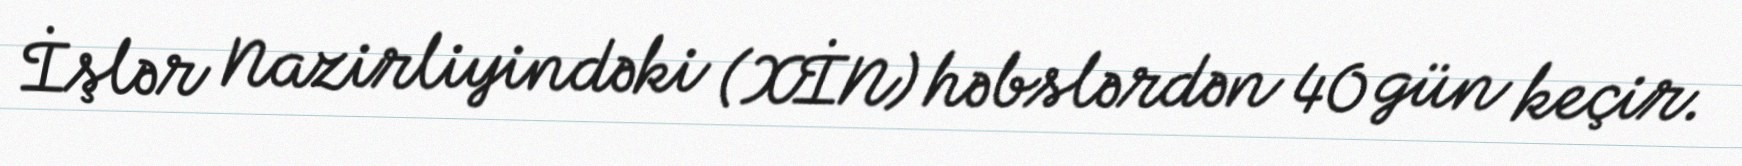
İşlər Nazirliyindəki (XİN) həbslərdən 40 gün keçir.